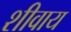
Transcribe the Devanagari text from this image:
शीवाय